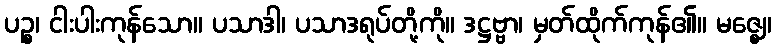
ပဉ္စ၊ ငါးပါးကုန်သော။ ပသာဒါ၊ ပသာဒရုပ်တို့ကို။ ဒဋ္ဌဗ္ဗာ၊ မှတ်ထိုက်ကုန်၏။ မဇ္ဈေ၊